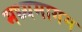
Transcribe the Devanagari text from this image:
मध्यमागम